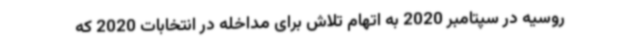
روسیه در سپتامبر 2020 به اتهام تلاش برای مداخله در انتخابات 2020 که